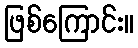
ဖြစ်ကြောင်း။